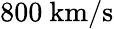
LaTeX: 800~\mathrm{km/s}